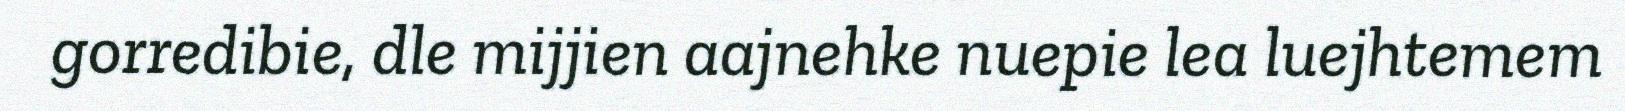
gorredibie, dle mijjien aajnehke nuepie lea luejhtemem